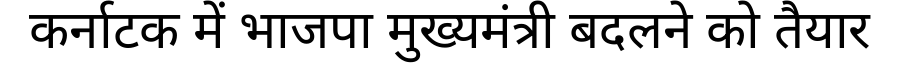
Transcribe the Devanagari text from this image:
कर्नाटक में भाजपा मुख्यमंत्री बदलने को तैयार